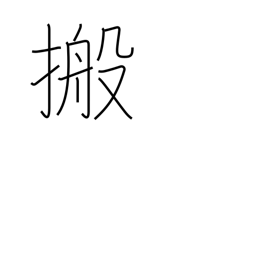
Meaning: conveyor